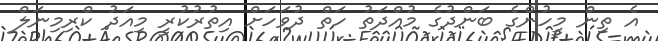
އެ ތިން މީހުންގެ ބަންދުގެ މުއްދަތު ހަތް ދުވަހަށް އިތުރުކުރީ މިއަދު ކްރިމިނަލް